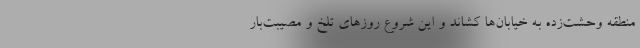
منطقه وحشت‌زده به خیابان‌ها کشاند و این شروع روزهای تلخ و مصیبت‌بار